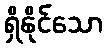
ရှိနိုင်သော